Lunatic asylums in Bengal annual reports 1888-1898 - 1888-1898
Year: 1888
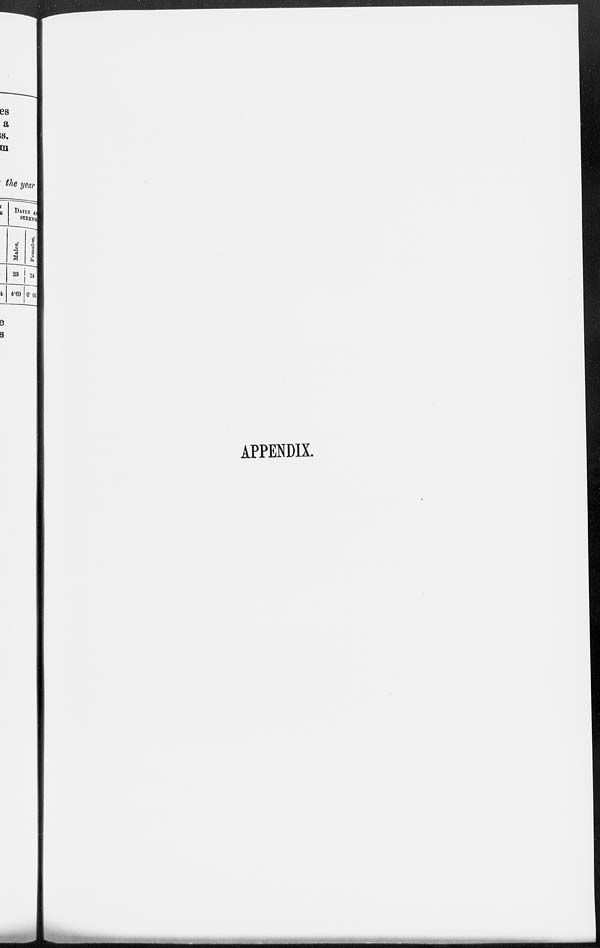
APPENDIX.